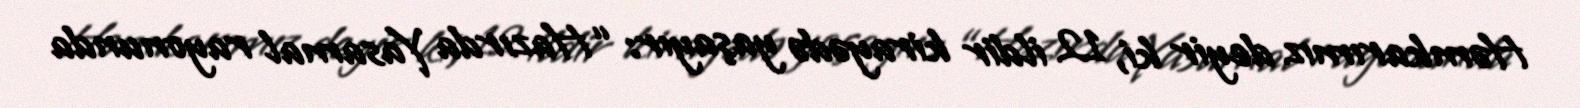
Həmkarımız deyir ki, 12 ildir kirayədə yaşayır: “Hazırda Yasamal rayonunda